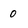
Character: 0